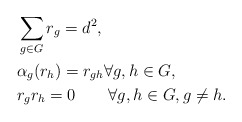
\begin{align*}\begin{aligned}&\sum_{g\in G}r_g=d^2,\\&\alpha_g(r_h)=r_{gh} \forall g,h\in G,\\&r_gr_h=0 \qquad\forall g,h\in G, g\neq h.\end{aligned}\end{align*}